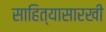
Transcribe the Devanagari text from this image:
साहित्यासारखी